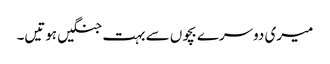
میری دوسرے بچوں سے بہت جنگیں ہوتیں۔